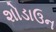
શોડાઉન